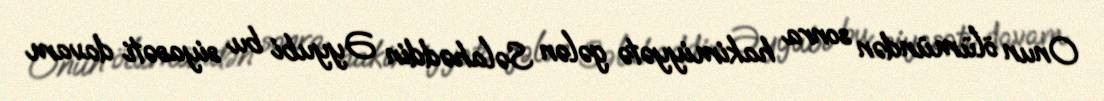
Onun ölümündən sonra hakimiyyətə gələn Səlahəddin Əyyubi bu siyasəti davam